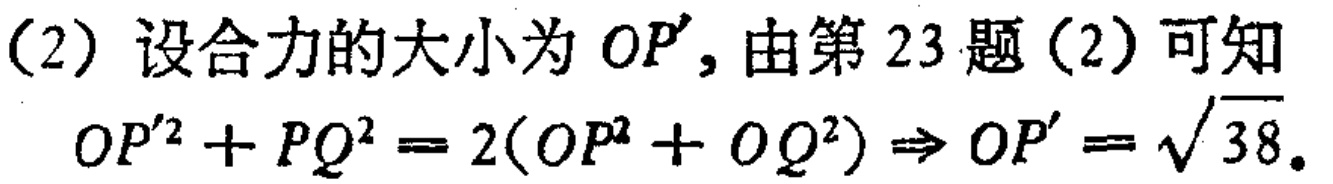
(2) 设合力的大小为 \(OP'\), 由第 23 题(2)可知

\[

OP'^{2}+PQ^{2}=2(OP^{2}+OQ^{2})\Rightarrow OP' = \sqrt{38}.

\]